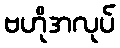
ဗဟိုအလုပ်